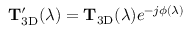
\mathbf { T } _ { \mathrm { 3 D } } ^ { \prime } ( \lambda ) = \mathbf { T } _ { \mathrm { 3 D } } ( \lambda ) e ^ { - j \phi ( \lambda ) }